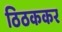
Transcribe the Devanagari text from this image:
ठिठककर